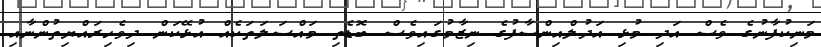
މަނިކުފާނުގެ ވެސް އަދި މުޅި އަދުލްއިންސާފުގެ ނިޒާމުގައިވެސް ބޮޑެތި މައްސަލަތަކެއް އުޅޭކަން ދިވެހިރައްޔިތުންނާއި